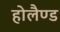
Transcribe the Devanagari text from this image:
होलैण्ड